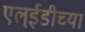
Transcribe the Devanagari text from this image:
एल्ईडीच्या